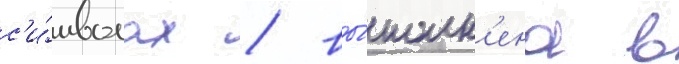
с'и́мволах / вы́полн'ена в